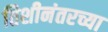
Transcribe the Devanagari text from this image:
तिशीनंतरच्या